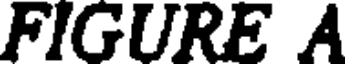
FIGURE A